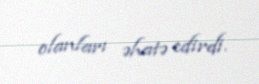
olanları əhatə edirdi.